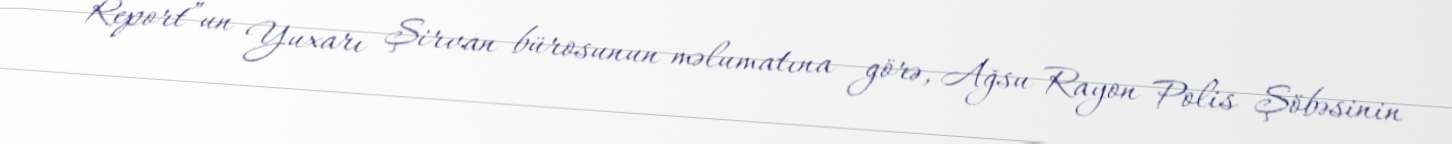
Report”un Yuxarı Şirvan bürosunun məlumatına görə, Ağsu Rayon Polis Şöbəsinin